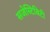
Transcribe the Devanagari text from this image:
सजेस्टिबिटी